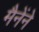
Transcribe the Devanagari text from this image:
मैनेंने